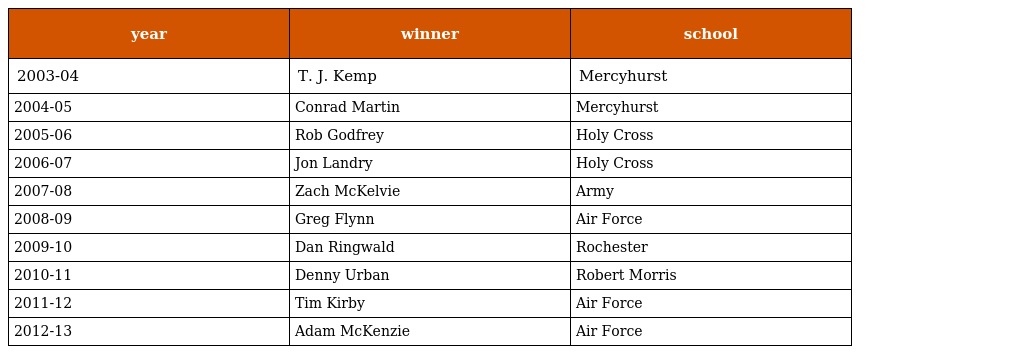
| year | winner | school |
 | --- | --- | --- |
 | 2003-04 | T. J. Kemp | Mercyhurst |
 | 2004-05 | Conrad Martin | Mercyhurst |
 | 2005-06 | Rob Godfrey | Holy Cross |
 | 2006-07 | Jon Landry | Holy Cross |
 | 2007-08 | Zach McKelvie | Army |
 | 2008-09 | Greg Flynn | Air Force |
 | 2009-10 | Dan Ringwald | Rochester |
 | 2010-11 | Denny Urban | Robert Morris |
 | 2011-12 | Tim Kirby | Air Force |
 | 2012-13 | Adam McKenzie | Air Force |